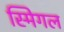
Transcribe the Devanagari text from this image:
स्मिगल